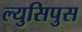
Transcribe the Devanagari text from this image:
ल्युसिपुस